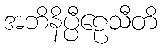
အဘိနိပ္ပီဠေသီတိ